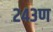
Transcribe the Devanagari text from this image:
२४३ण